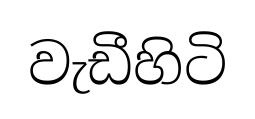
වැඩීහිටි